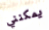
يمكنني